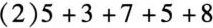
(2)$$5+3+7+5+8$$